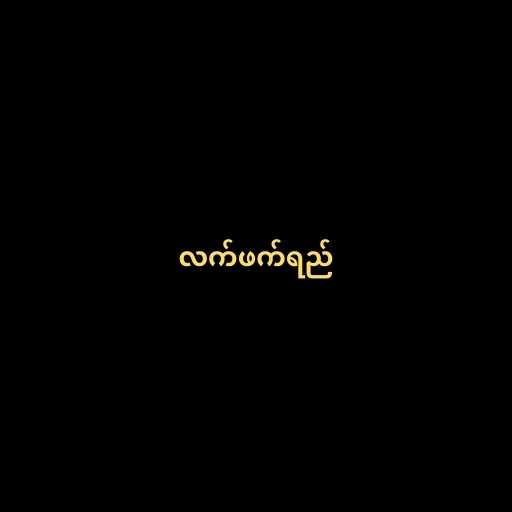
လက်ဖက်ရည်